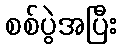
စစ်ပွဲအပြီး